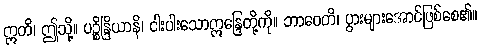
ဣတိ၊ ဤသို့။ ပဉ္စိန္ဒြိယာနိ၊ ငါးပါးသောဣန္ဒြေတို့ကို။ ဘာဝေတိ၊ ပွားများအောင်ဖြစ်စေ၏။